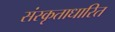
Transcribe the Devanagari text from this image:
संस्कृताधारित